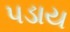
પડાય